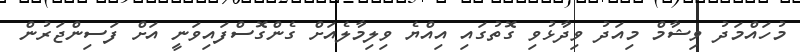
މުހައްމަދު ވިޝާމް މިއަދު ވިދާޅުވި ގޮތުގައި އިއްޔެ ވިލިމާލެއަށް ގެންގޮސްފައިވަނީ އަށް ފަސިންޖަރުން